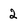
Character: 2